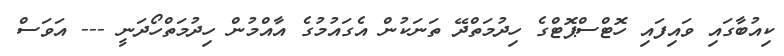
ކިއުބާގައި ވައިފައި ހޮޓްސްޕޮޓްގެ ހިދުމަތްދޭ ތަނަކުން އެގައުމުގެ އާއްމުން ހިދުމަތްހޯދަނީ --- އަވަސް